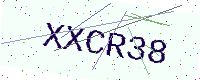
Text: XXCR38